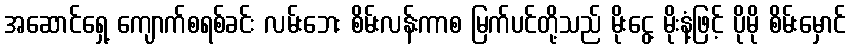
အဆောင်ရှေ့ ကျောက်စရစ်ခင်း လမ်းဘေး စိမ်းလန်းကာစ မြက်ပင်တို့သည် မိုးငွေ့ မိုးနံ့ဖြင့် ပိုမို စိမ်းမှောင်